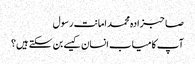
صاحبزادہ محمد امانت رسول
آپ کامیاب انسان کیسے بن سکتے ہیں؟